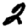
Digit: 2